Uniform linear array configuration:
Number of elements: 32
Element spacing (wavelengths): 1
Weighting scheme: exponential
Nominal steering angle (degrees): -15
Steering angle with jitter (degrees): -14.513
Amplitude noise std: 0.05
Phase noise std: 0.05

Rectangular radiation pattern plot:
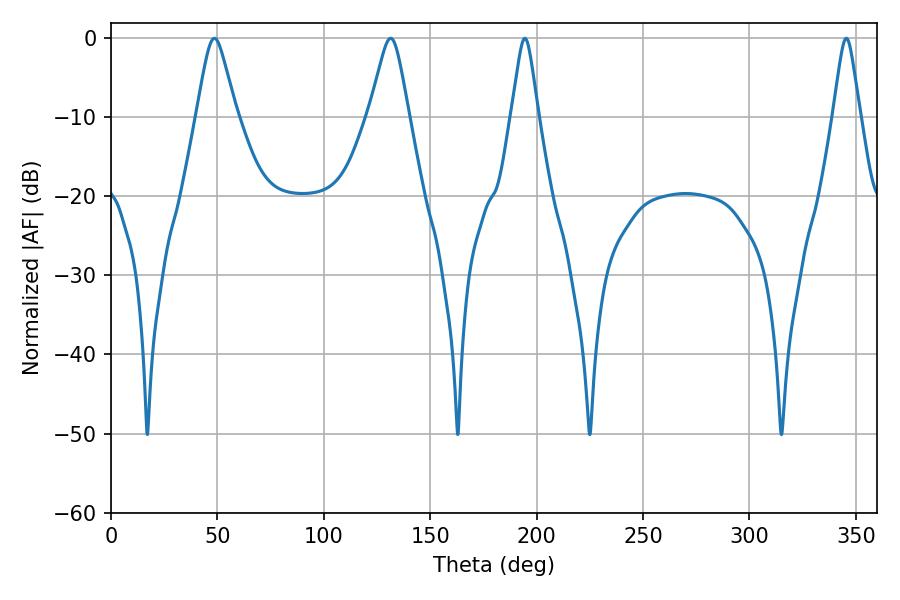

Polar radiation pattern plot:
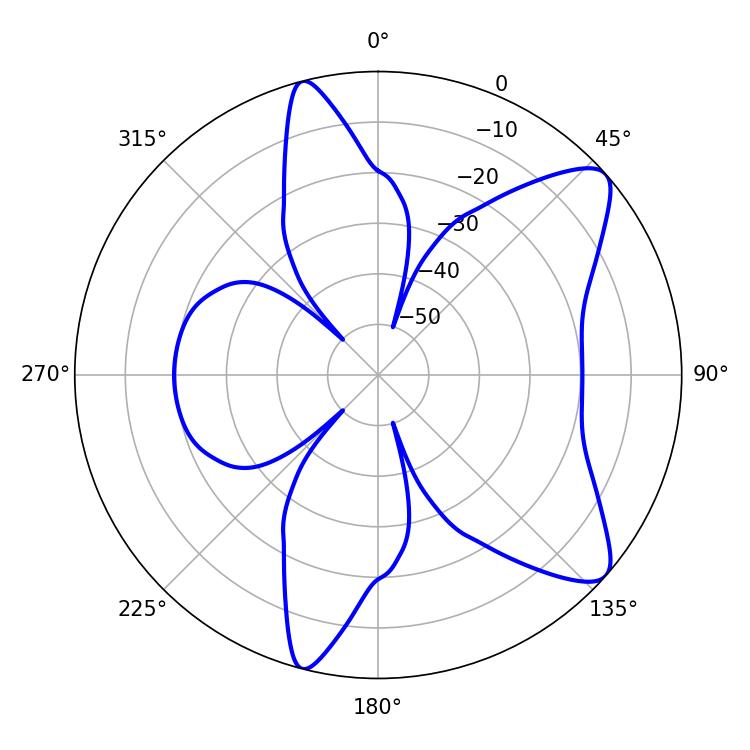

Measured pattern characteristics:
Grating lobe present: TRUE
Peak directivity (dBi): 9.491
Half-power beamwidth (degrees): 8.82
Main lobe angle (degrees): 48.6